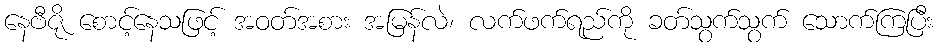
နေဗီဇို စောင့်နေသဖြင့် အဝတ်အစား အမြန်လဲ၊ လက်ဖက်ရည်ကို ခတ်သွက်သွက် သောက်ကြပြီး